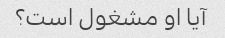
آیا او مشغول است؟